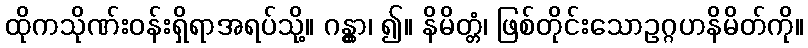
ထိုကသိုဏ်းဝန်းရှိရာအရပ်သို့။ ဂန္တွာ၊ ၍။ နိမိတ္တံ၊ ဖြစ်တိုင်းသောဥဂ္ဂဟနိမိတ်ကို။